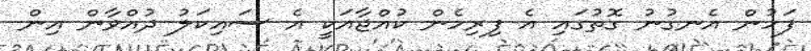
ފަހުން އެނގުނު ގޮތުގައި އެ ފިރިހެން ކުއްޖާއަކީ އެ ސައިކަލު ދުއްވާން އިން